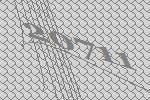
20711